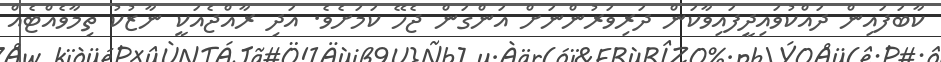
ކާބަފައިން ދައްކުވައިދީފައިވާކަން ދަރިވަރުންނަށް އަންގަން ޖެހޭ ކަމަށެވެ. އަދި ރާއްޖެއަކީ ނާޒުކު ތިމާވެއްޓެއް